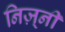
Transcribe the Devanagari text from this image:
निज़्नी